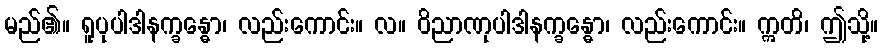
မည်၏။ ရူပုပါဒါနက္ခန္ဓော၊ လည်းကောင်း။ လ။ ဝိညာဏုပါဒါနက္ခန္ဓော၊ လည်းကောင်း။ ဣတိ၊ ဤသို့။